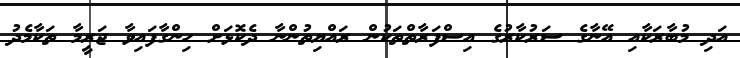
އަދި މުބާރަކާއި އޭނާގެ ސަރުކާރުގެ އިސްފަރާތްތަކުން ރައްޔިތުންނާ ދެކޮޅަށް ހިންގާފައިވާ ޖަރީމާ ތަކާމެދު